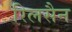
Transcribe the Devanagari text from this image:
रिलसैन